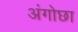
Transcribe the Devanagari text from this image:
अंगोछा